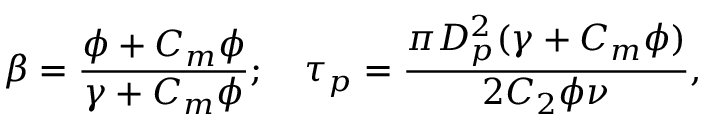
\beta = \frac { \phi + C _ { m } \phi } { \gamma + C _ { m } \phi } ; \quad \tau _ { p } = \frac { \pi D _ { p } ^ { 2 } ( \gamma + C _ { m } \phi ) } { 2 C _ { 2 } \phi \nu } ,